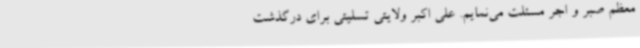
معظم صبر و اجر مسئلت می‌نمایم. علی اکبر ولایتی تسلیتی برای درگذشت